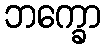
ဘက္ခော